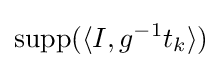
\operatorname {supp} (\langle I,g^{-1}t_{k}\rangle )